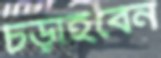
চড়াইবেন